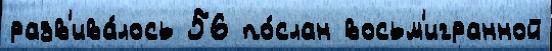
разв'ива́лось 56 по́слан восьм'игранной